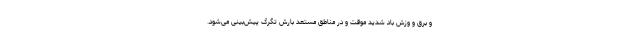
و برق و وزش باد شدید موقت و در مناطق مستعد بارش تگرگ پیش‌بینی می‌شود.